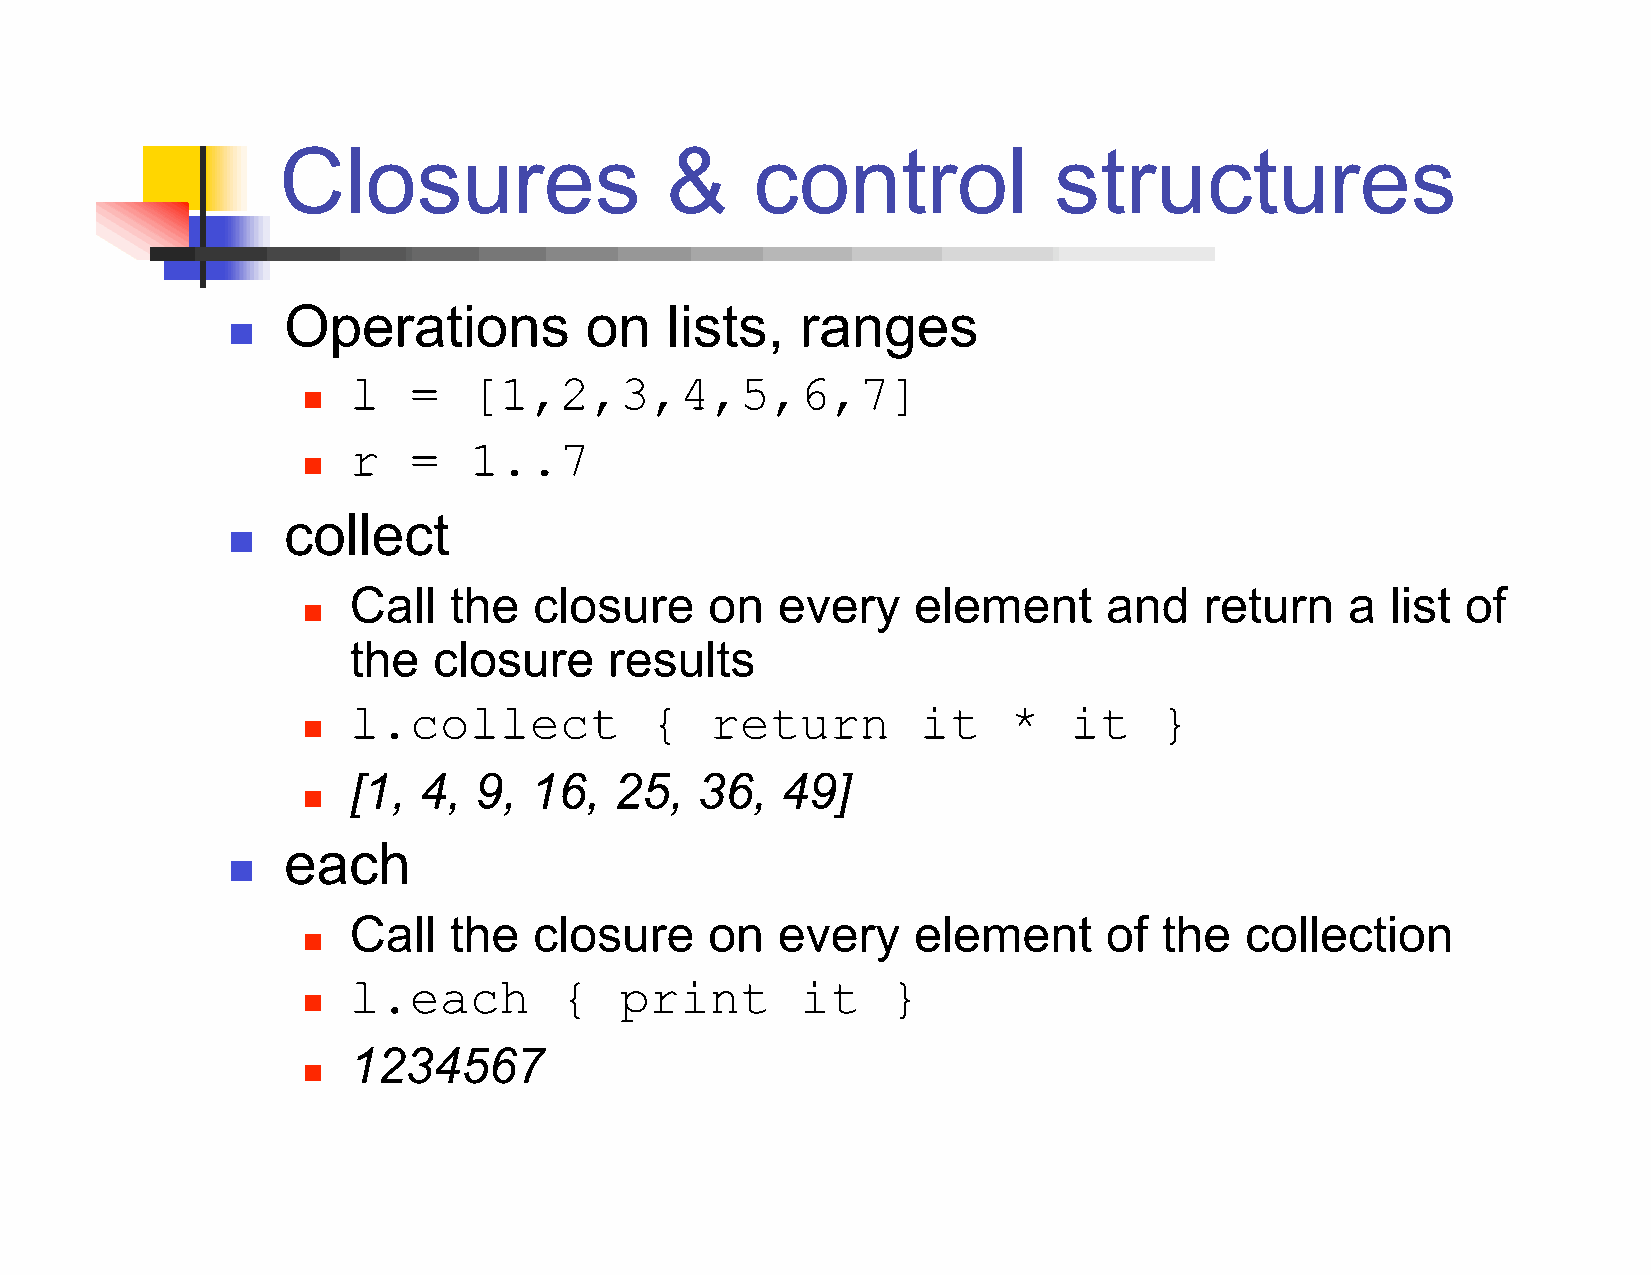
Closures                  &     control             structures
 Operations          on   lists,   ranges
 
 l   =   [1,2,3,4,5,6,7]
 
 r   =   1..7
 
 collect
 
 Call   the  closure     on  every    element      and    return   a  list of
 
 the   closure    results
 l.collect           {   return        it    *   it    }
 
 [1,  4, 9,  16,   25,  36,   49]
 
 each
 
 Call   the  closure     on  every    element      of  the  collection
 
 l.each        {   print       it    }
 
 1234567
 